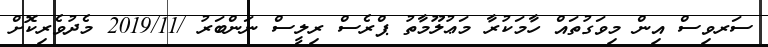
ސަރވިސް އިން މިވަގުތައް ހާމަކުރާ މަޢުލޫމާތު ޕްރެސް ރިލީސް ނަންބަރު /2019/11 މެދުވެރިކޮށް